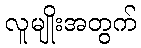
လူမျိုးအတွက်